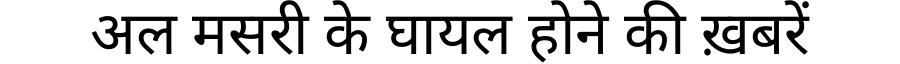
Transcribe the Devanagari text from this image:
अल मसरी के घायल होने की ख़बरें